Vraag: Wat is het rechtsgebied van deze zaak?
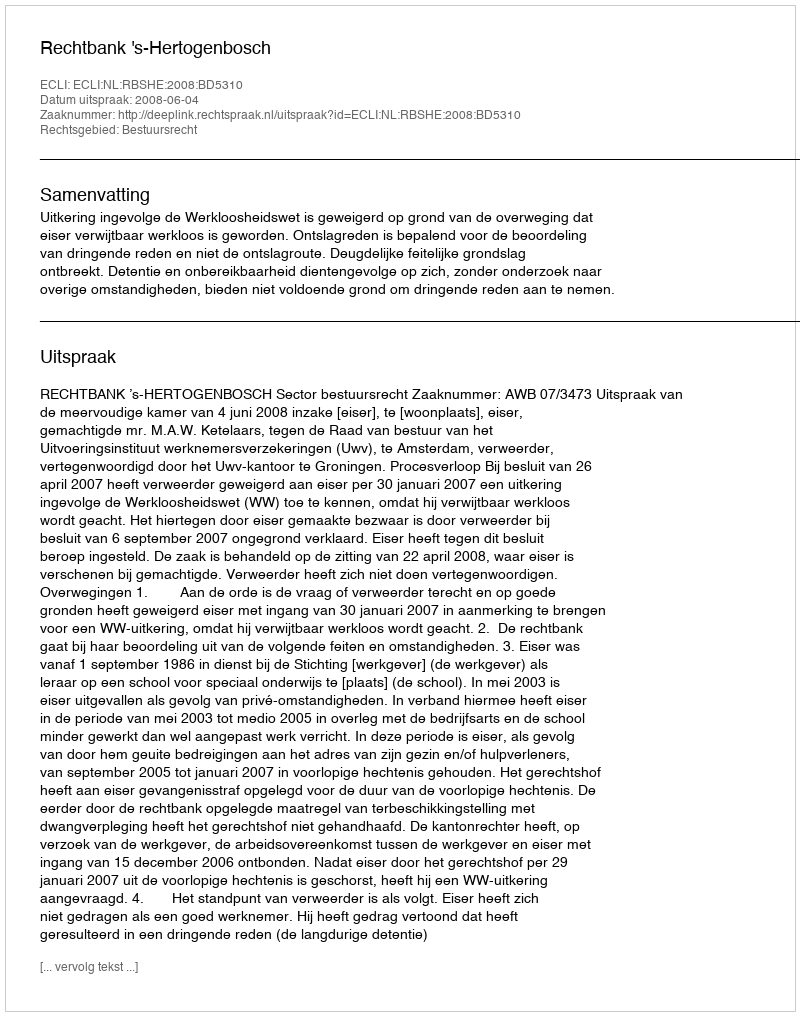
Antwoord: Bestuursrecht